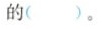
积的()。